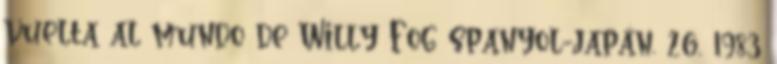
vuelta al mundo de Willy Fog spanyol-japán, 26, 1983